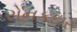
રોનકદાર